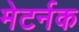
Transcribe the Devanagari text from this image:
मेटर्नक